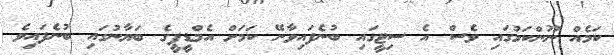
ކަމެއް ނޫންކަމުގައި ވެސް އެ ސިޓީގައި ބުނެފައިވާނޭ ކަމަށް އެމްޑީޕީގެ ބަޔާނުގައި ބުނެފައިވެ